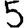
Digit: 5